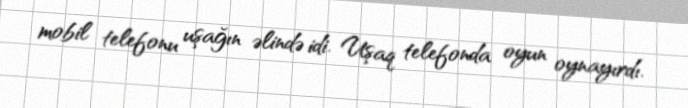
mobil telefonu uşağın əlində idi. Uşaq telefonda oyun oynayırdı.